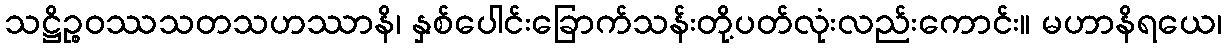
သဋ္ဌိဉ္စဝဿသတသဟဿာနိ၊ နှစ်ပေါင်းခြောက်သန်းတို့ပတ်လုံးလည်းကောင်း။ မဟာနိရယေ၊